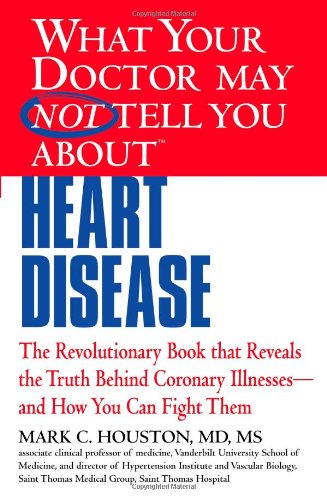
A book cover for What Your Doctor May Not Tell You about Heart Disease; Mark Houston; Health, Fitness & Dieting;